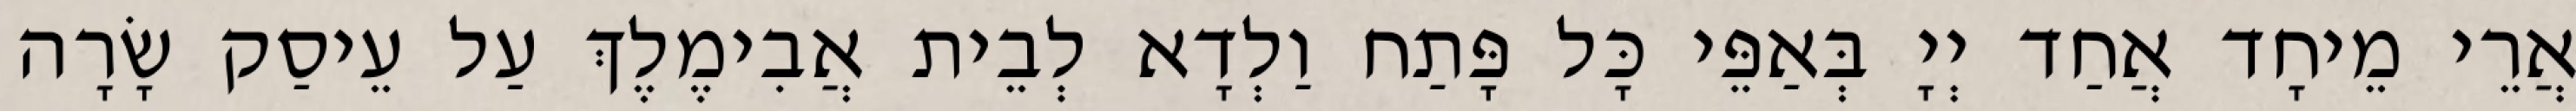
אֲרֵי מֵיחָד אֲחַד יְיָ בְּאַפֵּי כָּל פָּתַח וַלְדָא לְבֵית אֲבִימֶלֶךְ עַל עֵיסַק שָׂרָה